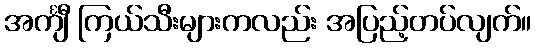
အင်္ကျီ ကြယ်သီးများကလည်း အပြည့်တပ်လျက်။